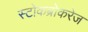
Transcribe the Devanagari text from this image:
स्टोकब्रोकरेज